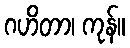
ဂဟိတာ၊ ကုန်။